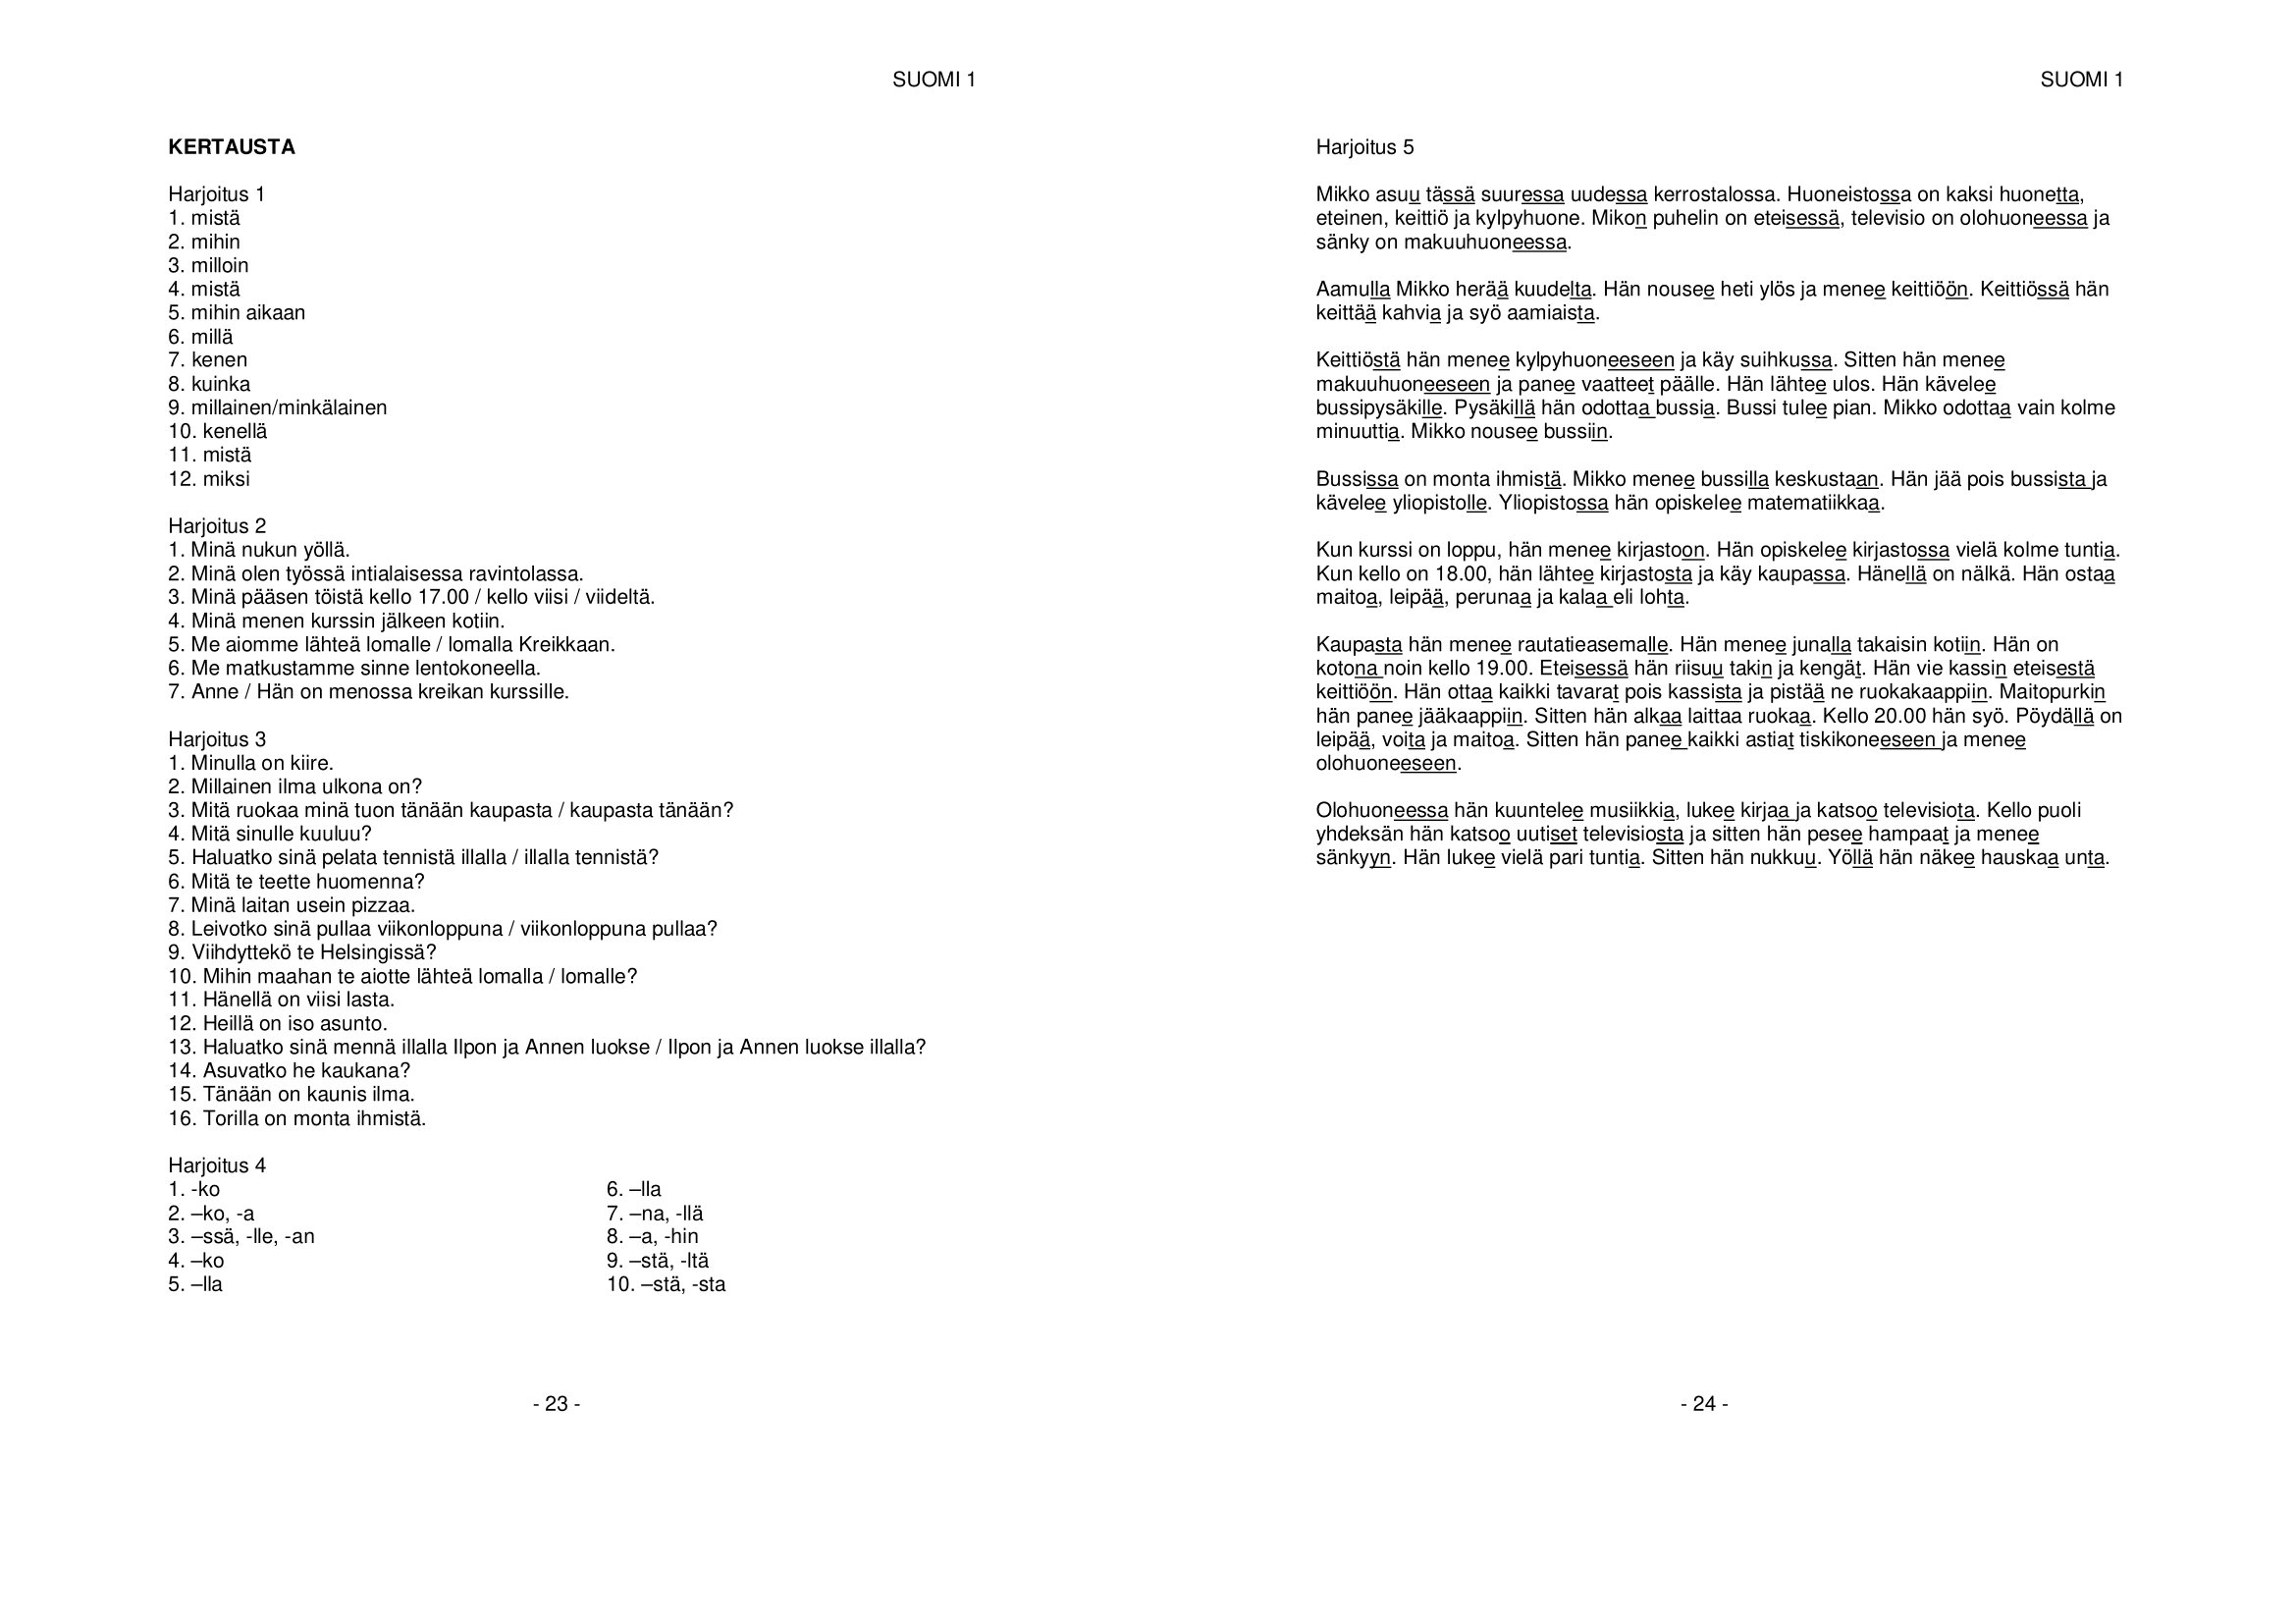
Language: fn